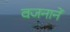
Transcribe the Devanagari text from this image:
वजनानें